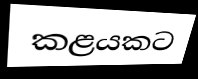
කළයකට